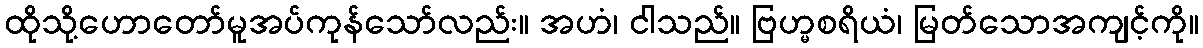
ထိုသို့ဟောတော်မူအပ်ကုန်သော်လည်း။ အဟံ၊ ငါသည်။ ဗြဟ္မစရိယံ၊ မြတ်သောအကျင့်ကို။